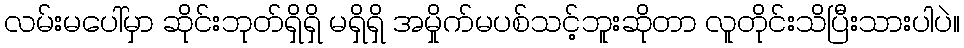
လမ်းမပေါ်မှာ ဆိုင်းဘုတ်ရှိရှိ မရှိရှိ အမှိုက်မပစ်သင့်ဘူးဆိုတာ လူတိုင်းသိပြီးသားပါပဲ။